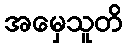
အမှေသူတိ